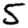
Digit: 5